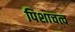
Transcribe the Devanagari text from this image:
पिशाचत्व